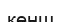
кеңш